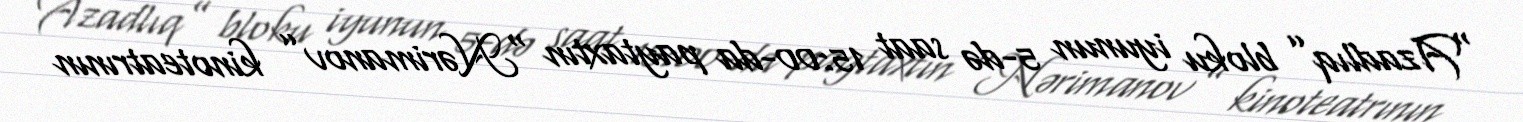
“Azadlıq” bloku iyunun 5-də saat 15:00-da paytaxtın “Nərimanov” kinoteatrının